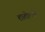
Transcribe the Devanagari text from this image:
शातोमध्ये